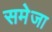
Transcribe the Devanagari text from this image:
समेजा